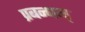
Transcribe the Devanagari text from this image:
प्रबन्धम्